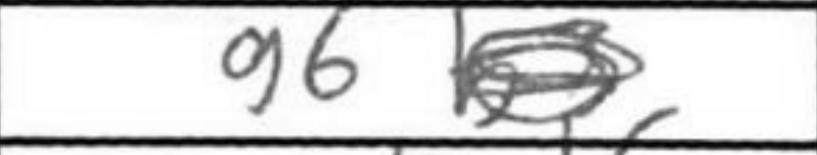
Transcription: g6